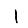
Digit: 1